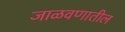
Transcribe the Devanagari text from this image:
जाळवणातील